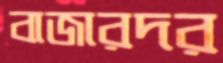
বাজারদর